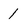
Character: 1